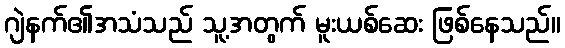
ဂျဲနက်၏အသံသည် သူ့အတွက် မူးယစ်ဆေး ဖြစ်နေသည်။